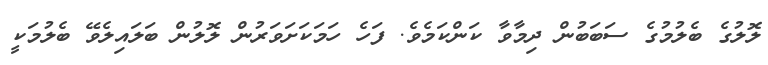
ލޮލުގެ ބެލުމުގެ ސަބަބުން ދިމާވާ ކަންކަމެވެ. ފަހެ ހަމަކަށަވަރުން ލޮލުން ބަލައިލެވޭ ބެލުމަކީ